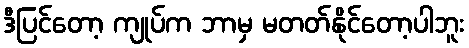
ဒီပြင်တော့ ကျုပ်က ဘာမှ မတတ်နိုင်တော့ပါဘူး